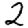
Digit: 2